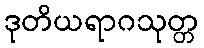
ဒုတိယရာဂသုတ္တ